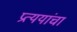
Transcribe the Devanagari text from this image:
प्रत्ययांचा